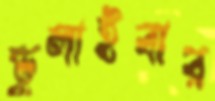
ভুলাইবার